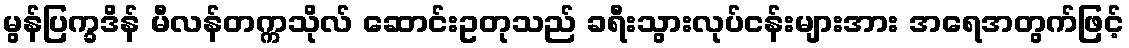
မွန်ပြက္ခဒိန် မီလန်တက္ကသိုလ် ဆောင်းဥတုသည် ခရီးသွားလုပ်ငန်းများအား အရေအတွက်ဖြင့်